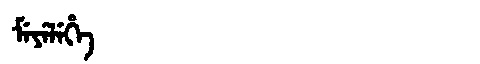
Manchu: ᠮᡝᠶᡝᠯᡝᡥᡝ
Romanization: MEYELEHE